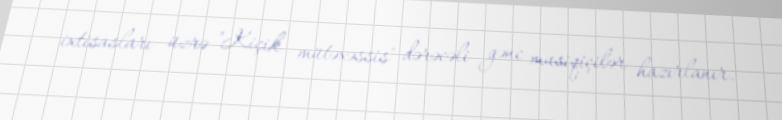
ixtisasları üzrə "Kiçik mütəxəssis" dərəcəli gənc musiqiçilər hazırlanır.